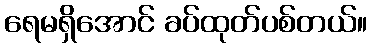
ရေမရှိအောင် ခပ်ထုတ်ပစ်တယ်။